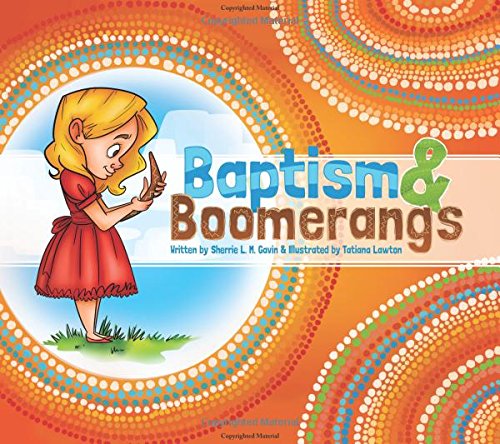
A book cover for Baptism and Boomerangs; Sherrie Gavin; Children's Books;